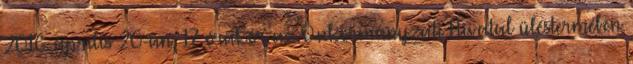
2016. április 20-án, 17 órakor az Önkormányzati Hivatal üléstermében